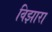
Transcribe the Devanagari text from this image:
विझारा